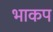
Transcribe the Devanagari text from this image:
भाकप